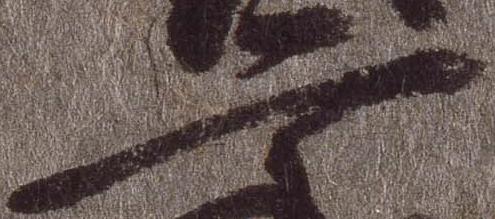
二